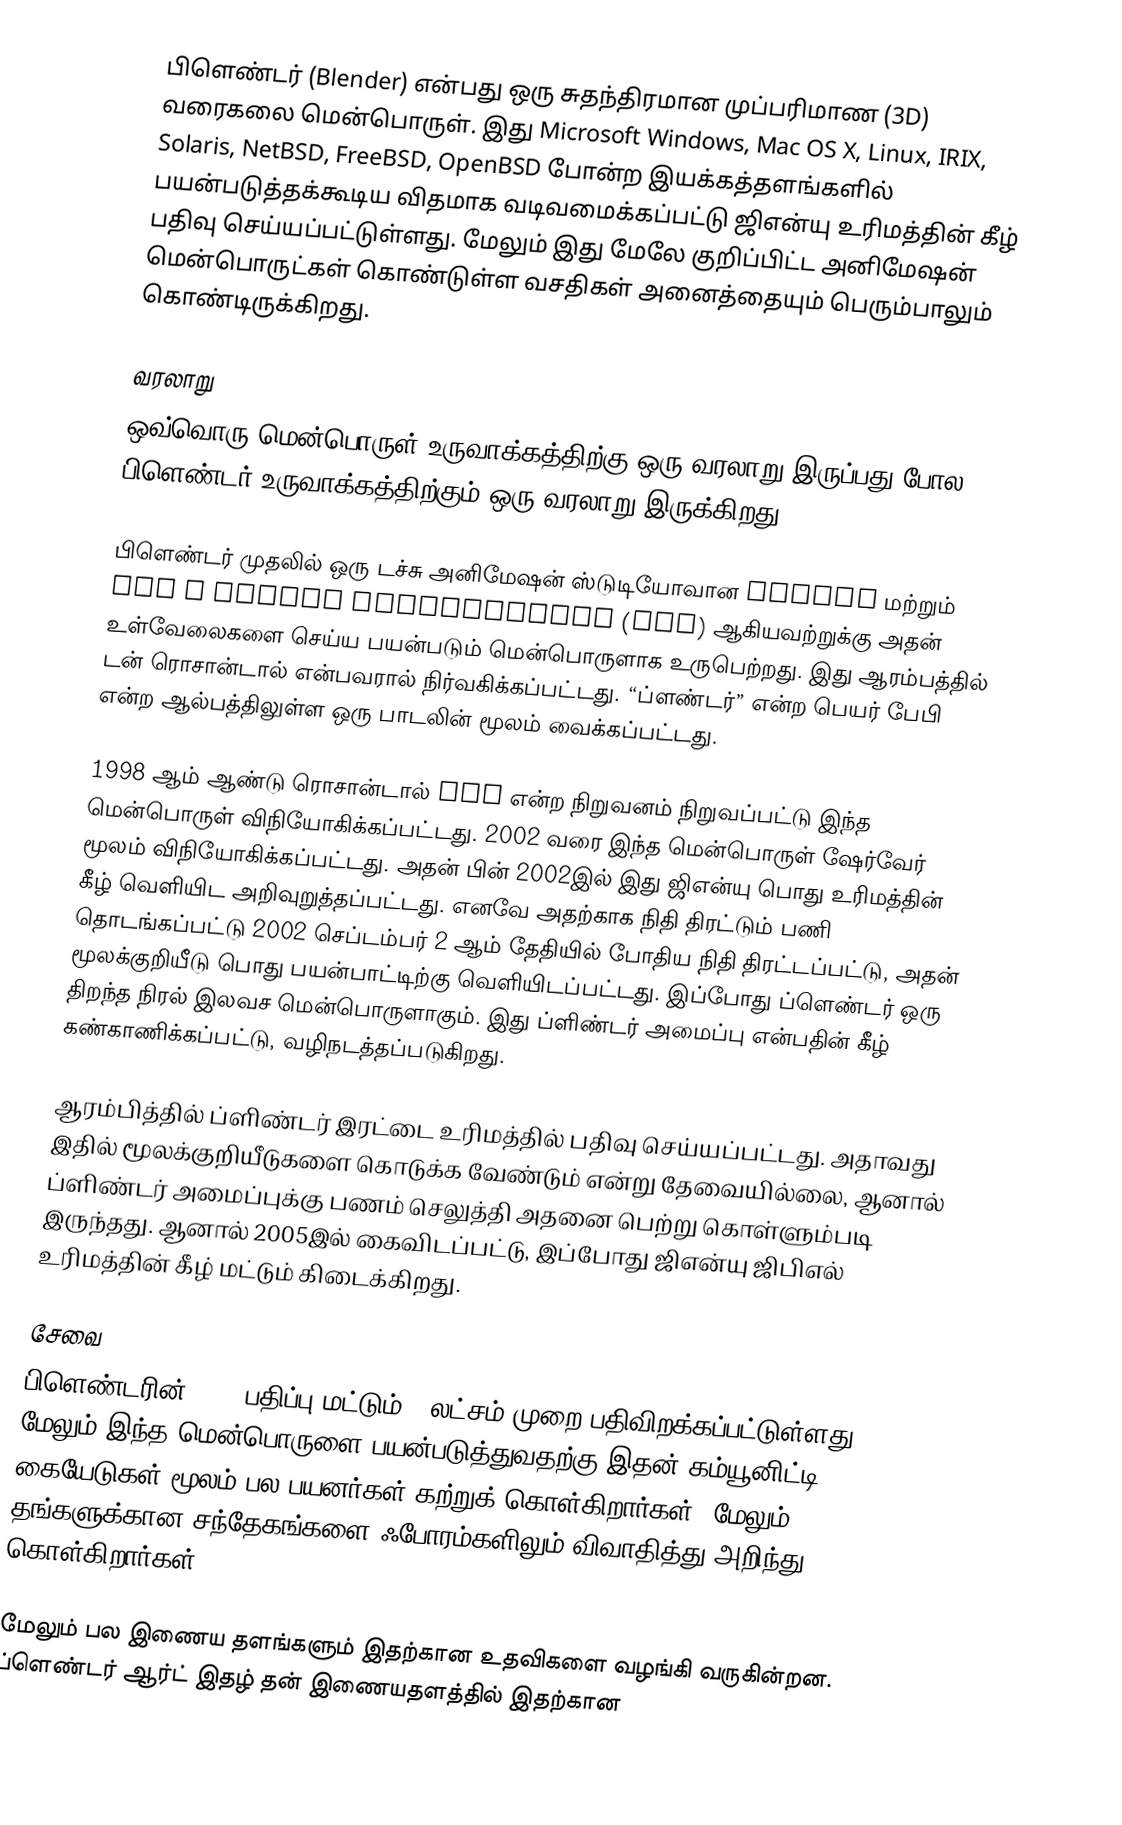
பிளெண்டர் (Blender) என்பது ஒரு சுதந்திரமான முப்பரிமாண (3D) வரைகலை மென்பொருள். இது Microsoft Windows, Mac OS X, Linux, IRIX, Solaris, NetBSD, FreeBSD, OpenBSD போன்ற இயக்கத்தளங்களில் பயன்படுத்தக்கூடிய விதமாக வடிவமைக்கப்பட்டு ஜிஎன்யு உரிமத்தின் கீழ் பதிவு செய்யப்பட்டுள்ளது. மேலும் இது மேலே குறிப்பிட்ட அனிமேஷன் மென்பொருட்கள் கொண்டுள்ள வசதிகள் அனைத்தையும் பெரும்பாலும் கொண்டிருக்கிறது.

வரலாறு
ஒவ்வொரு மென்பொருள் உருவாக்கத்திற்கு ஒரு வரலாறு இருப்பது போல பிளெண்டர் உருவாக்கத்திற்கும் ஒரு வரலாறு இருக்கிறது.

பிளெண்டர் முதலில் ஒரு டச்சு அனிமேஷன் ஸ்டுடியோவான NeoGeo மற்றும் Not a Number Technologies (NaN) ஆகியவற்றுக்கு அதன் உள்வேலைகளை செய்ய பயன்படும் மென்பொருளாக உருபெற்றது. இது ஆரம்பத்தில் டன் ரொசான்டால் என்பவரால் நிர்வகிக்கப்பட்டது. “ப்ளண்டர்” என்ற பெயர் பேபி என்ற ஆல்பத்திலுள்ள ஒரு பாடலின் மூலம் வைக்கப்பட்டது.

1998 ஆம் ஆண்டு ரொசான்டால் NaN என்ற நிறுவனம் நிறுவப்பட்டு இந்த மென்பொருள் விநியோகிக்கப்பட்டது. 2002 வரை இந்த மென்பொருள் ஷேர்வேர் மூலம் விநியோகிக்கப்பட்டது. அதன் பின் 2002இல் இது ஜிஎன்யு பொது உரிமத்தின் கீழ் வெளியிட அறிவுறுத்தப்பட்டது. எனவே அதற்காக நிதி திரட்டும் பணி தொடங்கப்பட்டு 2002 செப்டம்பர் 2 ஆம் தேதியில் போதிய நிதி திரட்டப்பட்டு, அதன் மூலக்குறியீடு பொது பயன்பாட்டிற்கு வெளியிடப்பட்டது. இப்போது ப்ளெண்டர் ஒரு திறந்த நிரல் இலவச மென்பொருளாகும். இது ப்ளிண்டர் அமைப்பு என்பதின் கீழ் கண்காணிக்கப்பட்டு, வழிநடத்தப்படுகிறது.

ஆரம்பித்தில் ப்ளிண்டர் இரட்டை உரிமத்தில் பதிவு செய்யப்பட்டது. அதாவது இதில் மூலக்குறியீடுகளை கொடுக்க வேண்டும் என்று தேவையில்லை, ஆனால் ப்ளிண்டர் அமைப்புக்கு பணம் செலுத்தி அதனை பெற்று கொள்ளும்படி இருந்தது. ஆனால் 2005இல் கைவிடப்பட்டு, இப்போது ஜிஎன்யு ஜிபிஎல் உரிமத்தின் கீழ் மட்டும் கிடைக்கிறது.

சேவை
பிளெண்டரின் 2.44 பதிப்பு மட்டும் 8 லட்சம் முறை பதிவிறக்கப்பட்டுள்ளது. மேலும் இந்த மென்பொருளை பயன்படுத்துவதற்கு இதன் கம்யூனிட்டி கையேடுகள் மூலம் பல பயனர்கள்  கற்றுக் கொள்கிறார்கள். மேலும் தங்களுக்கான சந்தேகங்களை ஃபோரம்களிலும் விவாதித்து அறிந்து கொள்கிறார்கள்.

மேலும் பல இணைய தளங்களும் இதற்கான உதவிகளை வழங்கி வருகின்றன. ப்ளெண்டர் ஆர்ட் இதழ் தன் இணையதளத்தில் இதற்கான